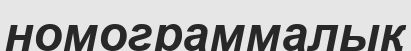
номограммалық